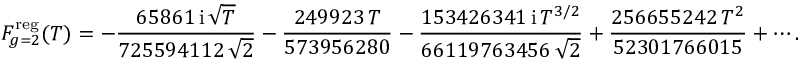
F _ { g = 2 } ^ { \mathrm { r e g } } ( T ) = - \frac { 6 5 8 6 1 \, { \mathrm { i } } \, \sqrt { T } } { 7 2 5 5 9 4 1 1 2 \, \sqrt { 2 } } - \frac { 2 4 9 9 2 3 \, T } { 5 7 3 9 5 6 2 8 0 } - \frac { 1 5 3 4 2 6 3 4 1 \, { \mathrm { i } } \, T ^ { 3 / 2 } } { 6 6 1 1 9 7 6 3 4 5 6 \, \sqrt { 2 } } + \frac { 2 5 6 6 5 5 2 4 2 \, T ^ { 2 } } { 5 2 3 0 1 7 6 6 0 1 5 } + \cdots .